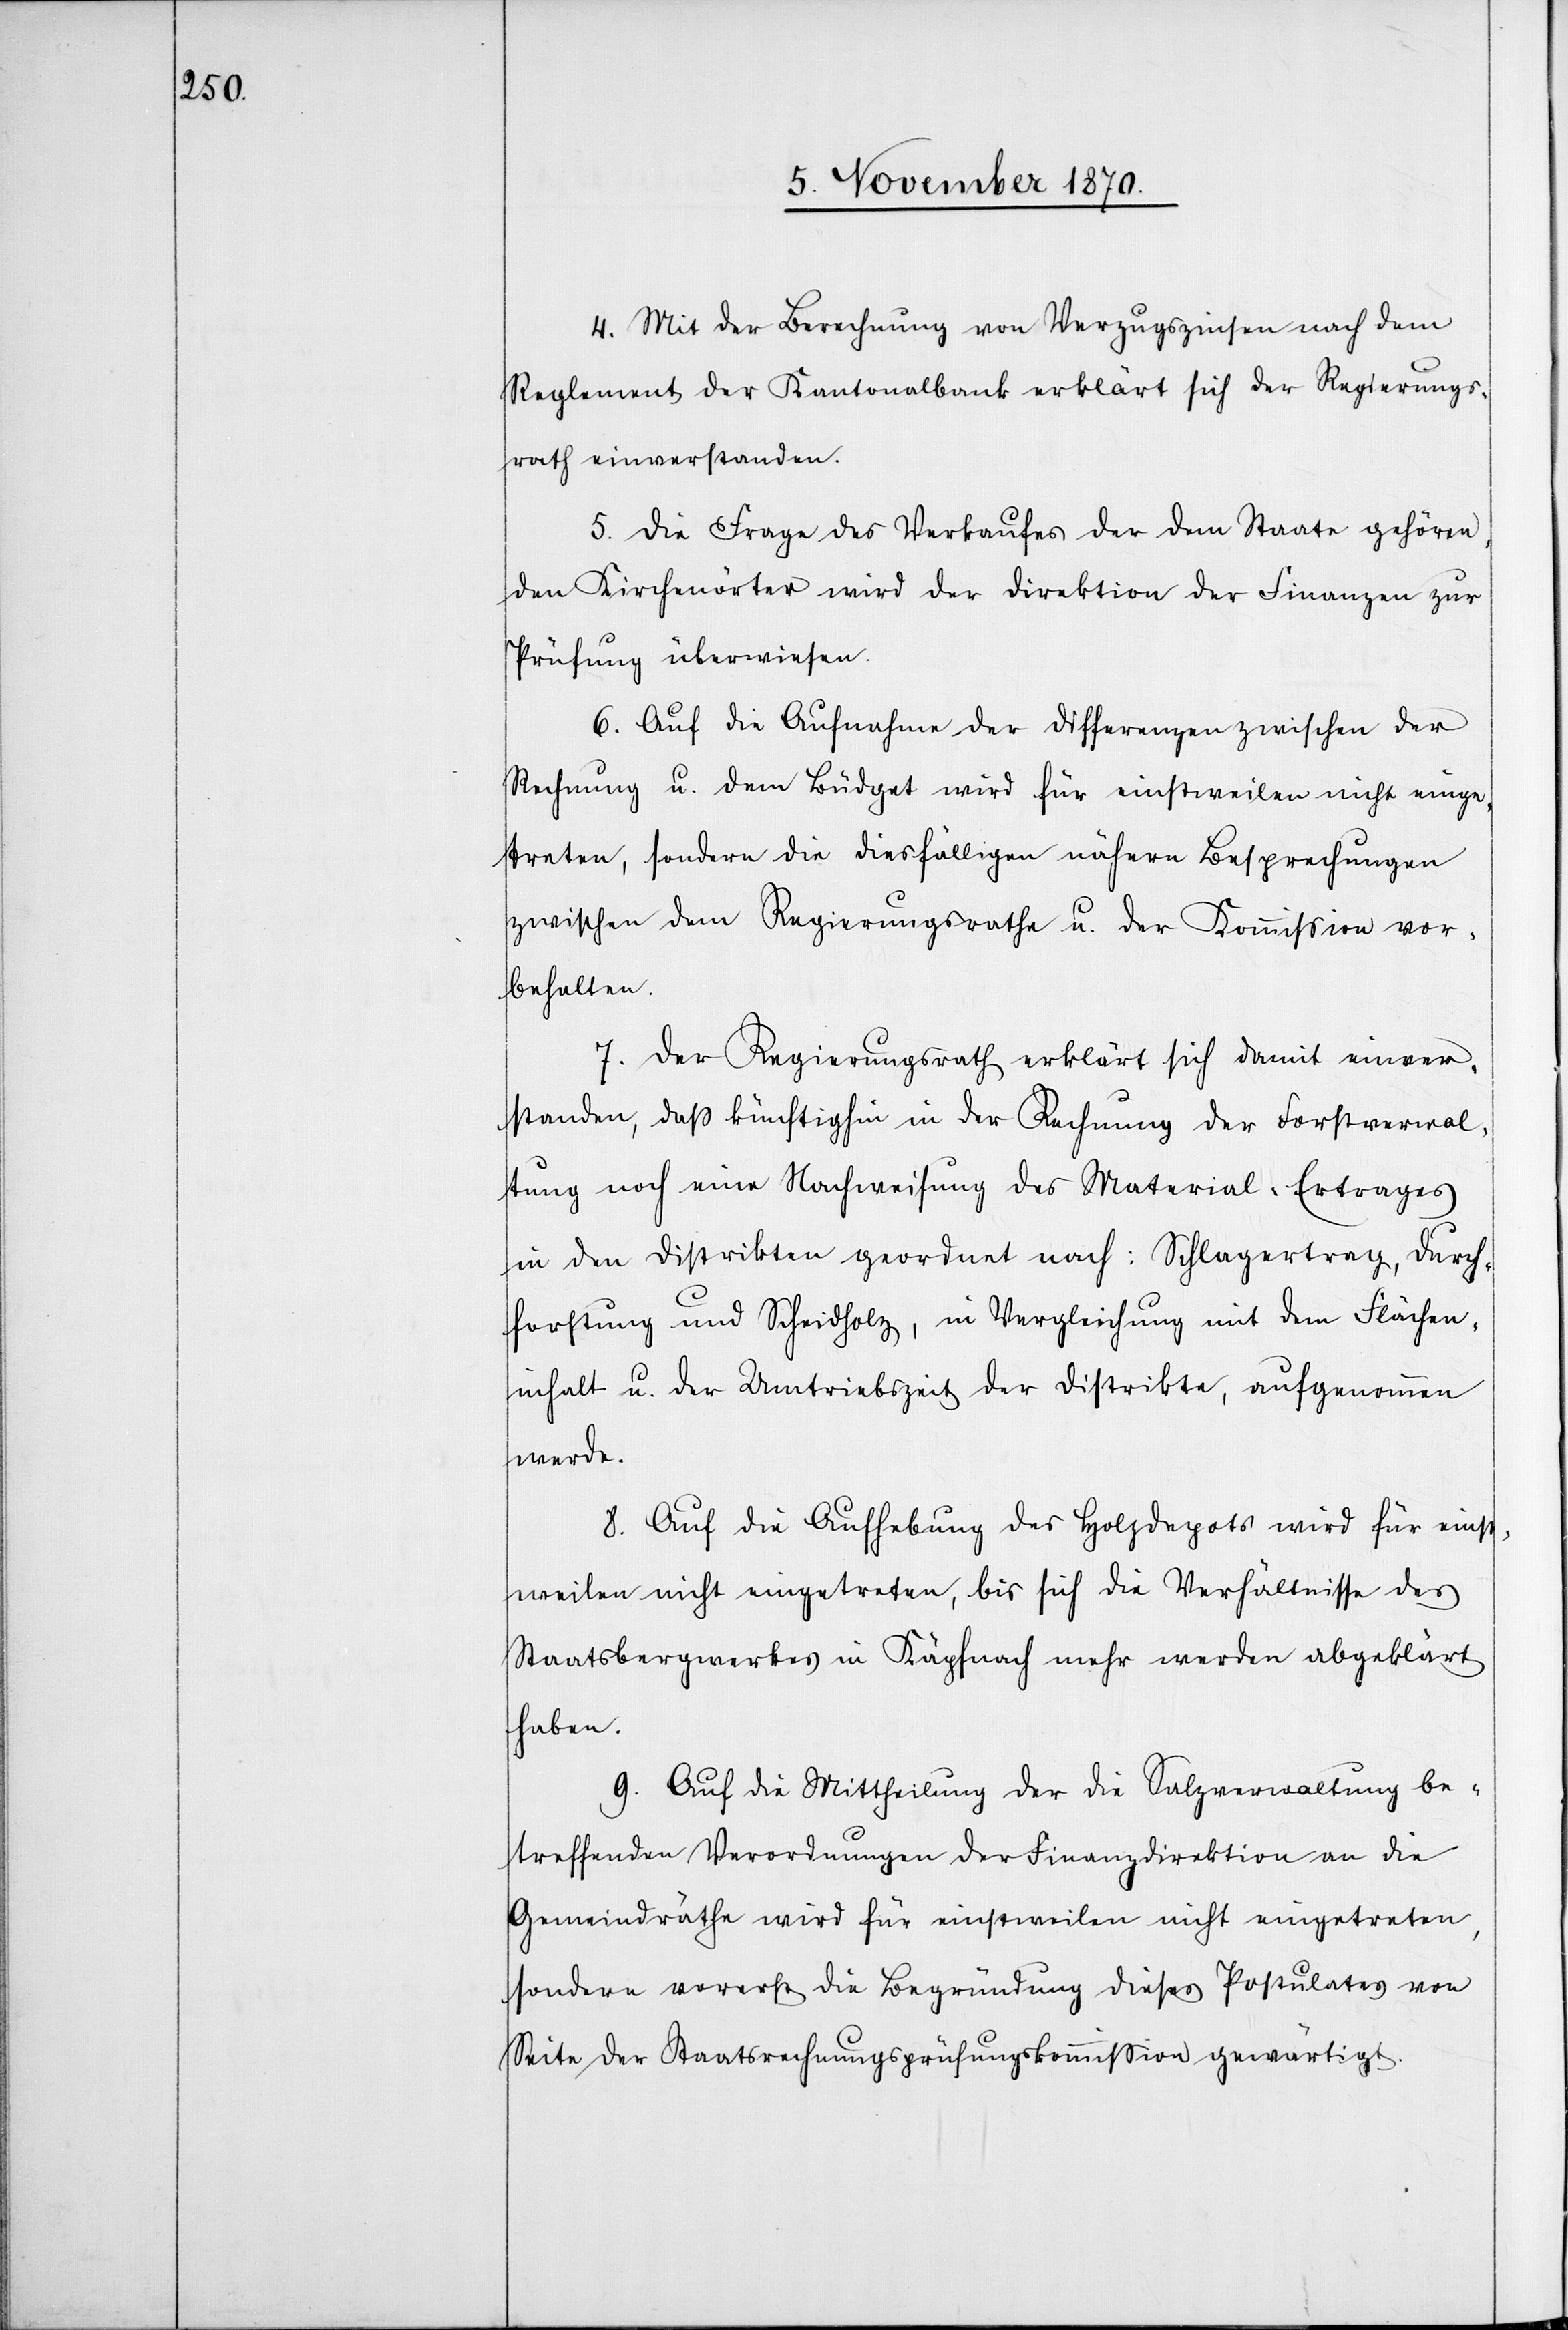
4. Mit der Berechnung von Verzugszinsen nach dem
Reglement der Kantonalbank erklärt sich der Regierungs¬
rath einverstanden.
5. Die Frage des Verkaufes der dem Staate gehören¬
den Kirchenörter wird der Direktion der Finanzen zur
Prüfung überwiesen.
6. Auf die Aufnahme der Differenzen zwischen der
Rechnung u. dem Büdget wird für einstweilen nicht einge¬
treten, sondern die diesfälligen nähern Besprechungen
zwischen dem Regierungsrathe u. der Kommission vor¬
behalten.
7. Der Regierungsrath erklärt sich damit einver¬
standen, daß künftighin in der Rechnung der Forstverwal¬
tung noch eine Nachweisung des Material-Ertrages
in den Distrikten geordnet nach: Schlagertrag, Durch¬
forstung und Scheidholz, in Vergleichung mit dem Flächen¬
inhalt u. der Umtriebszeit der Distrikte, aufgenommen
werde.
8. Auf die Aufhebung der Holzdepots wird für einst¬
weilen nicht eingetreten, bis sich die Verhältnisse des
Staatsbergwerkes in Käpfnach mehr werden abgeklärt
haben.
9.
Auf die Mittheilung der die Salzverwaltung be¬
treffenden Verordnungen der Finanzdirektion an die
Gemeindräthe wird für einstweilen nicht eingetreten,
sondern vorerst die Begründung dieses Postulates von
Seite der Staatsrechnungsprüfungskommißion gewärtigt.